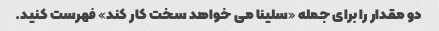
دو مقدار را برای جمله «سلینا می خواهد سخت کار کند» فهرست کنید.